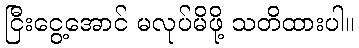
ငြီးငွေ့အောင် မလုပ်မိဖို့ သတိထားပါ။